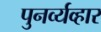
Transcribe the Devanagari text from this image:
पुनर्व्यव्हार